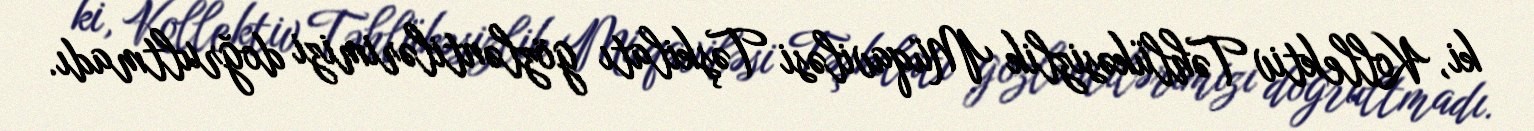
ki, Kollektiv Təhlükəsizlik Müqaviləsi Təşkilatı gözləntilərimizi doğrultmadı.